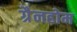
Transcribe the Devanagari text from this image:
ग्रैनहोम